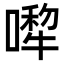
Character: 𠾆